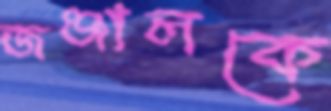
জঞ্জালকে